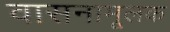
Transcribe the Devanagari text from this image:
वासनामूलक